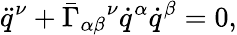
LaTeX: \ddot{q}^{\nu}+\bar{\Gamma}_{\alpha\beta}{}^{\nu}\dot{q}^{\alpha}\dot{q}^{\beta}=0,